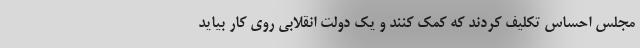
مجلس احساس تکلیف کردند که کمک کنند و یک دولت انقلابی روی کار بیاید